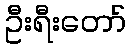
ဦးရီးတော်